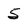
Character: 5